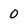
Character: 0